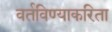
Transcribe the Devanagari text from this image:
वर्तविण्याकरिता